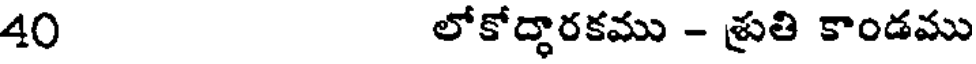
40 లోకోద్ధారకము - శ్రుతి కాండము